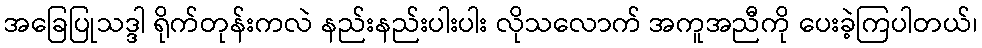
အခြေပြုသဒ္ဒါ ရိုက်တုန်းကလဲ နည်းနည်းပါးပါး လိုသလောက် အကူအညီကို ပေးခဲ့ကြပါတယ်၊